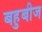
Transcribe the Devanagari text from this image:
बहुबीज